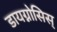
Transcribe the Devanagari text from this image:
डायग्नोसिस्